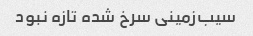
سیب‌زمینی سرخ شده تازه نبود